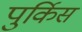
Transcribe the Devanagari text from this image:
पुर्किस